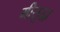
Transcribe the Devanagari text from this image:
मीसुद्धा